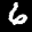
Label: 6